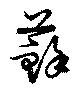
蘇